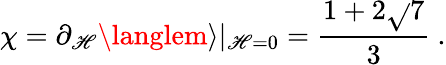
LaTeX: \chi=\partial_{\mathscr{H}}\langlem\rangle|_{\mathscr{H}=0}=\frac{{1+2\sqrt{}{{7}}}}{{3}}\ .